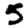
Digit: 5